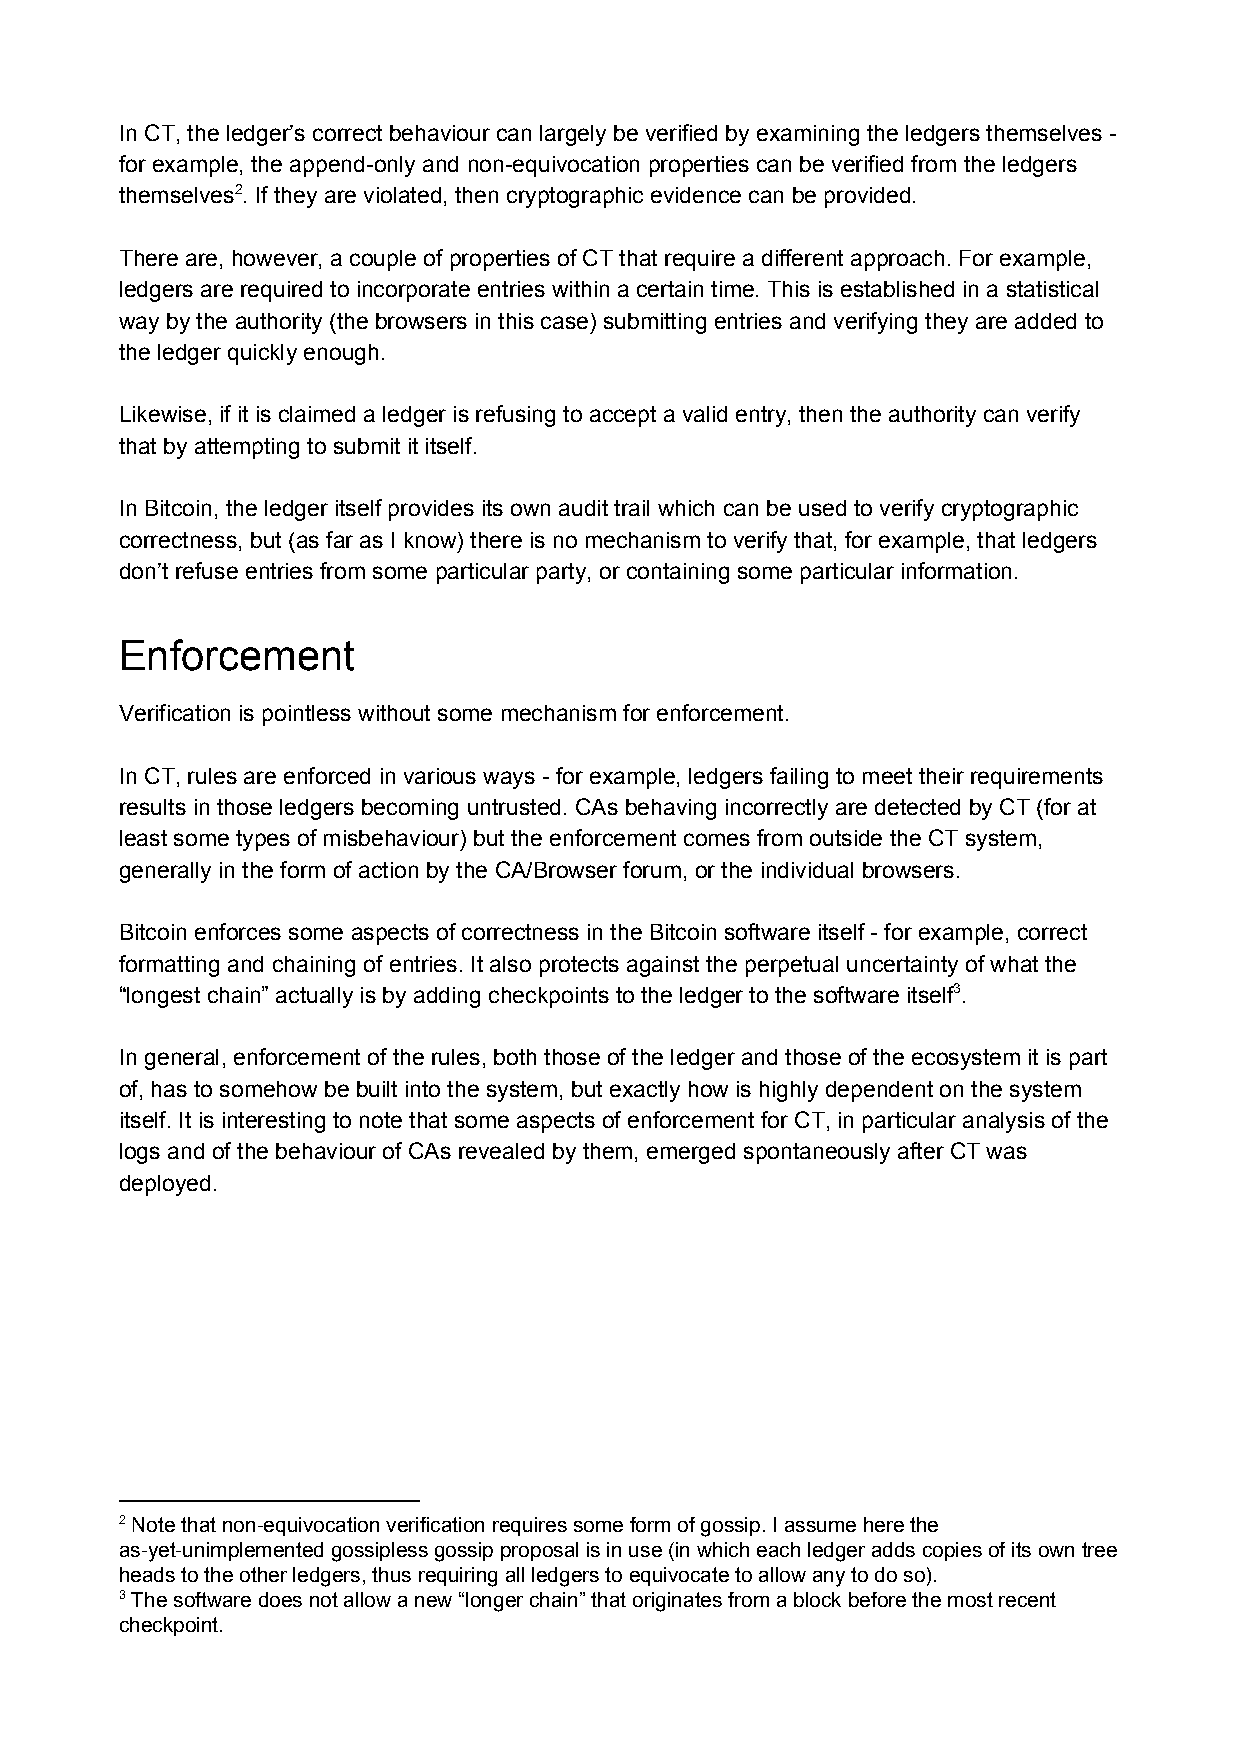
In CT, the ledger’s correct behaviour can largely be verified by examining the ledgers themselves -
 for example, the append-only and non-equivocation properties can be verified from the ledgers
 themselves2. If they are violated, then cryptographic evidence can be provided.
 There are, however, a couple of properties of CT that require a different approach. For example,
 ledgers are required to incorporate entries within a certain time. This is established in a statistical
 way by the authority (the browsers in this case) submitting entries and verifying they are added to
 the ledger quickly enough.
 Likewise, if it is claimed a ledger is refusing to accept a valid entry, then the authority can verify
 that by attempting to submit it itself.
 In Bitcoin, the ledger itself provides its own audit trail which can be used to verify cryptographic
 correctness, but (as far as I know) there is no mechanism to verify that, for example, that ledgers
 don’t refuse entries from some particular party, or containing some particular information.
 Enforcement
 Verification is pointless without some mechanism for enforcement.
 In CT, rules are enforced in various ways - for example, ledgers failing to meet their requirements
 results in those ledgers becoming untrusted. CAs behaving incorrectly are detected by CT (for at
 least some types of misbehaviour) but the enforcement comes from outside the CT system,
 generally in the form of action by the CA/Browser forum, or the individual browsers.
 Bitcoin enforces some aspects of correctness in the Bitcoin software itself - for example, correct
 formatting and chaining of entries. It also protects against the perpetual uncertainty of what the
 “longest chain” actually is by adding checkpoints to the ledger to the software itself3.
 In general, enforcement of the rules, both those of the ledger and those of the ecosystem it is part
 of, has to somehow be built into the system, but exactly how is highly dependent on the system
 itself. It is interesting to note that some aspects of enforcement for CT, in particular analysis of the
 logs and of the behaviour of CAs revealed by them, emerged spontaneously after CT was
 deployed.
 2 Note that non-equivocation verification requires some form of gossip. I assume here the
 as-yet-unimplemented gossipless gossip proposal is in use (in which each ledger adds copies of its own tree
 heads to the other ledgers, thus requiring all ledgers to equivocate to allow any to do so).
 3 The software does not allow a new “longer chain” that originates from a block before the most recent
 checkpoint.